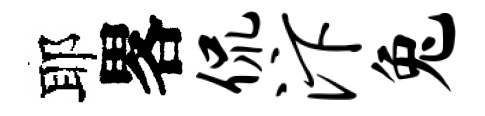
耶畧侃汴兔